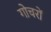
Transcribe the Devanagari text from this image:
गोचरों